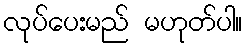
လုပ်ပေးမည် မဟုတ်ပါ။